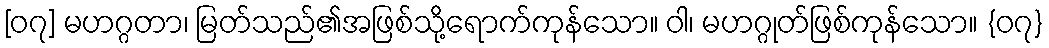
[၀၇] မဟဂ္ဂတာ၊ မြတ်သည်၏အဖြစ်သို့ရောက်ကုန်သော။ ဝါ၊ မဟဂ္ဂုတ်ဖြစ်ကုန်သော။ {၀၇}